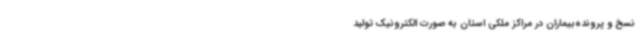
نسخ و پرونده‌بیماران در مراکز ملکی استان به صورت الکترونیک تولید